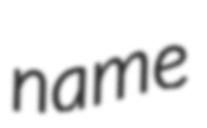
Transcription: name